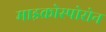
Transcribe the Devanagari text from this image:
माइक्रोस्पोरोन